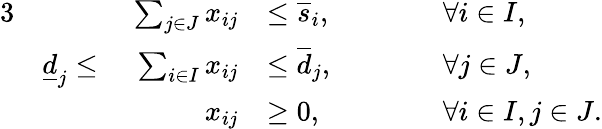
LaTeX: \begin{array}{rlrlrl}{{3}}&{}&{\sum_{j\in J}x_{ij}}&{\le\overline{{s}}_{i},}&{\qquad}&{\forall i\in I,}\\ &{\underline{{d}}_{j}\le}&{\ \sum_{i\in I}x_{ij}}&{\le\overline{{d}}_{j},}&&{\forall j\in J,}\\ &{}&{x_{ij}}&{\ge 0,}&&{\forall i\in I,j\in J.}\end{array}